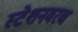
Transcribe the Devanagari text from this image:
स्टेशनवरच